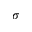
\sigma